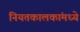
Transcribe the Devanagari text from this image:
नियतकालकांमध्ये